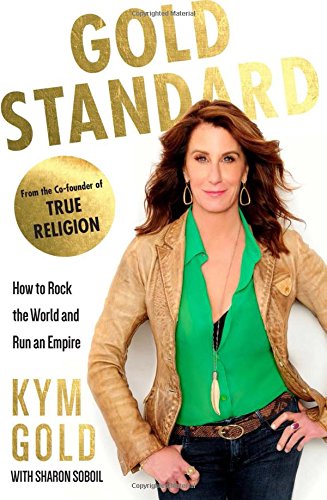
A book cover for Gold Standard: How to Rock the World and Run an Empire; Kym Gold; Business & Money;